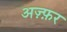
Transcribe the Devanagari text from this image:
अज़्फ़र